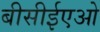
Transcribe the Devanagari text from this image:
बीसीईएओ